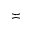
\asymp